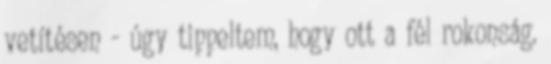
vetítésen - úgy tippeltem, hogy ott a fél rokonság.